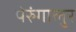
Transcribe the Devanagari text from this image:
पेरुंगालुर